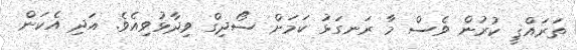
ތަރައްޤީ ކުރުން ވެސް މާ ރަނގަޅު ކަމަށް ސޯދިގް ވިދާޅުވިއެވެ. އަދި އެކަން